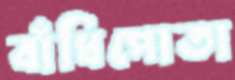
বাঁধিপোতা